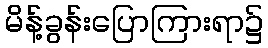
မိန့်ခွန်းပြောကြားရာ၌